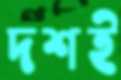
দশই